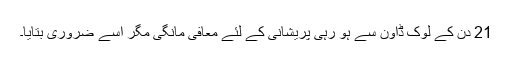
21 دن کے لوک ڈاؤن سے ہو رہی پریشانی کے لئے معافی مانگی مگر اسے ضروری بتایا۔